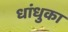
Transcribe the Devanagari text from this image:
धांधुका